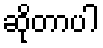
ဆိုတာပါ